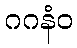
ဂဂနံဝ